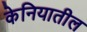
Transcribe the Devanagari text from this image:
केनियातील